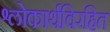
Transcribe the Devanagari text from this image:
श्लोकार्थविरहित